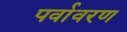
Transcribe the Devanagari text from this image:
पर्वावरण